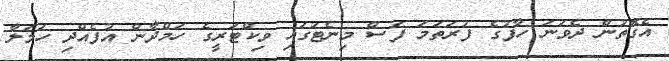
އެގޮތުން ދެވަނަ ހާފުގެ ފުރަތަމަ ފަސް މިނެޓުގައި ވިކްޓަރީގެ ހަމްދާން އުފެއްދި ހަމަލާ